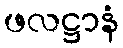
ဖလဋ္ဌာနံ